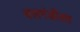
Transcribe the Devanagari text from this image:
बलगंडीला